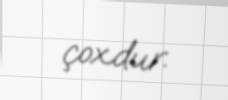
çoxdur.